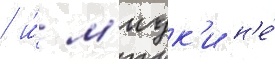
/ и́ м'иук'и н'е́